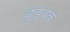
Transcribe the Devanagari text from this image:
बुड़बक